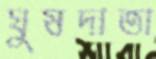
ঘুষদাতা